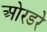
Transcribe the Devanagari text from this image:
ओरडरे